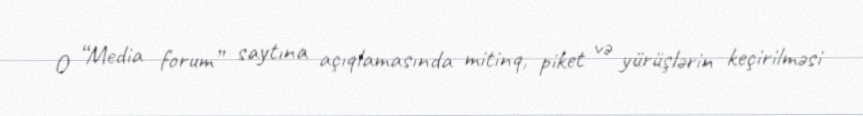
O “Media forum” saytına açıqlamasında mitinq, piket və yürüşlərin keçirilməsi